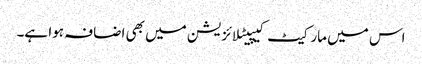
اس میں مارکیٹ کیپیٹلائزیشن میں بھی اضافہ ہوا ہے۔